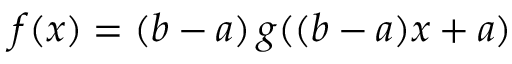
f ( x ) = ( b - a ) \, g ( ( b - a ) x + a )